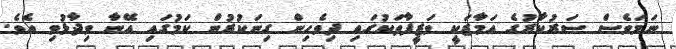
ނަމަވެސް ސަރުކާރުގެ އަމާޒަކީ ވަޒީފާތަކުގައި ދިވެހިން ގިނަކުރުން ކަމުގައި އޭނާ ވިދާޅުވި އެވެ.